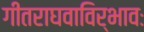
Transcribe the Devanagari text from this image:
गीतराघवाविर्भावः